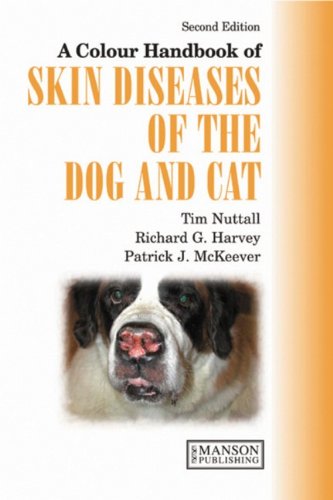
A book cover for A Colour Handbook of Skin Diseases of the Dog and Cat UK Version, Second Edition (Veterinary Color Handbook Series); Patrick J. McKeever; Medical Books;